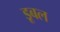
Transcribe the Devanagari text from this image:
डूबल